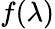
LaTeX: f(\lambda)